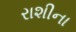
રાશીના